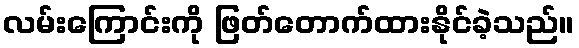
လမ်းကြောင်းကို ဖြတ်တောက်ထားနိုင်ခဲ့သည်။